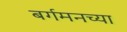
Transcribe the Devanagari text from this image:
बर्गमनच्या